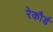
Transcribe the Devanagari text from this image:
रेकौर्ड